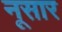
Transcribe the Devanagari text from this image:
नूसार